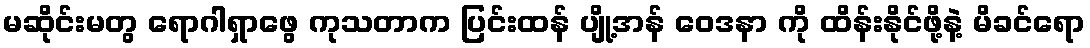
မဆိုင်းမတွ ရောဂါရှာဖွေ ကုသတာက ပြင်းထန် ပျို့အန် ဝေဒနာ ကို ထိန်းနိုင်ဖို့နဲ့ မိခင်ရော